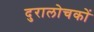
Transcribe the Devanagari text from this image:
दुरालोचकों